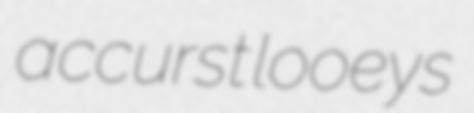
accurst looeys